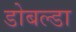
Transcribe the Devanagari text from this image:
डोबल्डा